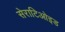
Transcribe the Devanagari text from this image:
सेराटिओइड